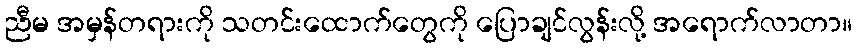
ညီမ အမှန်တရားကို သတင်းထောက်တွေကို ပြောချင်လွန်းလို့ အရောက်လာတာ။